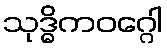
သုဒ္ဓိကဝဂ္ဂေါ